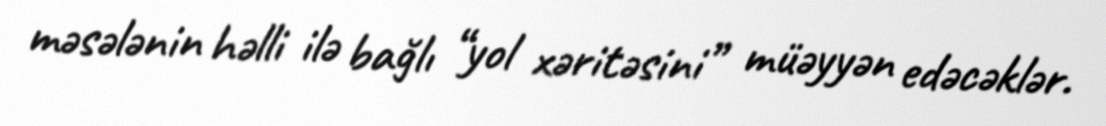
məsələnin həlli ilə bağlı “yol xəritəsini” müəyyən edəcəklər.